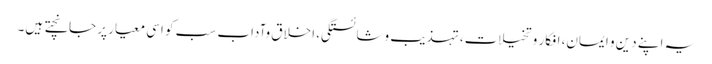
یہ اپنے دین و ایمان، افکار و تخیلات، تہذیب وشائستگی، اخلاق وآداب سب کو اسی معیار پر جانچتے ہیں۔